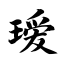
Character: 瑷